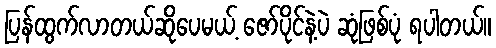
ပြန်ထွက်လာတယ်ဆိုပေမယ့် ဇော်ပိုင်နဲ့ပဲ ဆုံဖြစ်ပုံ ရပါတယ်။